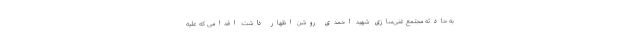
به حادثه مجتمع غنی‌سازی شهید احمدی روشن اظهار داشت: اقدامی که علیه